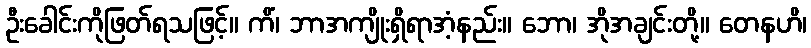
ဦးခေါင်းကိုဖြတ်ရသဖြင့်။ ကိံ၊ ဘာအကျိုးရှိရာအံ့နည်း။ ဘော၊ အိုအချင်းတို့။ တေနဟိ၊